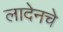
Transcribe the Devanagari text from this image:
लादेनचे